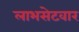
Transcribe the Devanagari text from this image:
लाभसेटवार